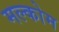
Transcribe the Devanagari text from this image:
मल्कोम